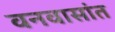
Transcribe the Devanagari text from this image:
वनवासांत